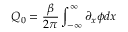
Q _ { 0 } = \frac { \beta } { 2 \pi } \int _ { - \infty } ^ { \infty } \partial _ { x } \phi d x